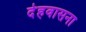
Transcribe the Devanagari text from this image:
देहवासना